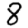
Digit: 8